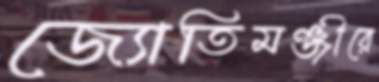
জ্যোতিমঞ্জীরে